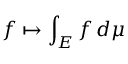
f \mapsto \int _ { E } f \, d \mu